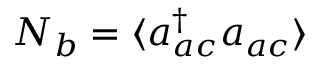
{ N } _ { b } = \langle a _ { a c } ^ { \dagger } a _ { a c } \rangle